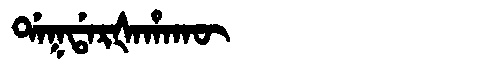
Manchu: ᡩᠠᡴᡩᠠᡵᡧᠠᡥᠠᡴᡡ
Romanization: DAKDARŠAHAKŪ